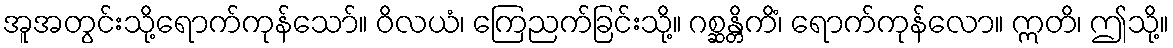
အူအတွင်းသို့ရောက်ကုန်သော်။ ဝိလယံ၊ ကြေညက်ခြင်းသို့။ ဂစ္ဆန္တိကိံ၊ ရောက်ကုန်လော။ ဣတိ၊ ဤသို့။